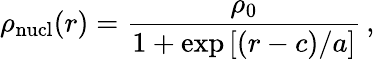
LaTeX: \rho_{\mathrm{nucl}}(r)=\frac{\rho_{0}}{1+\exp\left[\left(r-c\right)/a\right]}\, ,